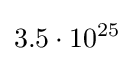
3.5\cdot 10^{25}